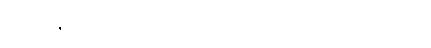
၁၉၄၁ ဒီဇင်ဘာလ ရန်ကုန်ကို ဂျပန်ဗုံးကျပြီးနောက်ပိုင်း ဒုတိယကမ္ဘာစစ်မီး